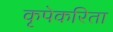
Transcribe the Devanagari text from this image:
कृपेकरिता